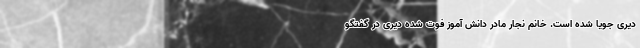
دیری جویا شده است. خانم نجار مادر دانش آموز فوت شده دیری در گفتگو